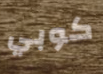
كوبي